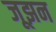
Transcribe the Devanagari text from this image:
जूझन